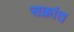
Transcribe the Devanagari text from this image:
सक्रांत